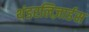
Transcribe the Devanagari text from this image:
थंडरलिज़ार्डस